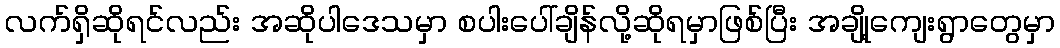
လက်ရှိဆိုရင်လည်း အဆိုပါဒေသမှာ စပါးပေါ်ချိန်လို့ဆိုရမှာဖြစ်ပြီး အချို့ကျေးရွာတွေမှာ